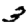
Digit: 3